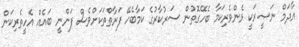
އާދަމް ނަޞީރަކީ ޅެންވެރިކަމާ ބެހޭގޮތުން ސަރުކާރުގެ ކަމާބެހޭ ފަރާތްތަކަށްވެސް ފަންނީ ބައެއް އެހީތެރިކަން